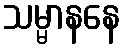
သမ္မာနနေ